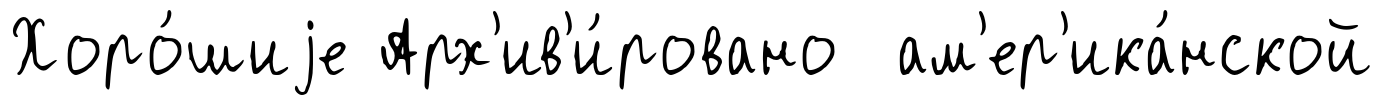
Хоро́шиjе Арх'ив'и́ровано ам'ер'ика́нской